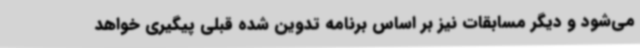
می‌شود و دیگر مسابقات نیز بر اساس برنامه تدوین شده قبلی پیگیری خواهد